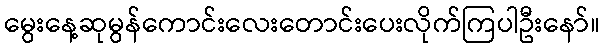
မွေးနေ့ဆုမွန်ကောင်းလေးတောင်းပေးလိုက်ကြပါဦးနော်။